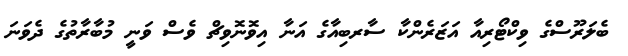
ބެލަރޫސްގެ ވިކްޓޯރިއާ އަޒަރެންކާ ސާރބިއާގެ އަނާ އިވޮނޮވިޗް ވެސް ވަނީ މުބާރާތުގެ ދެވަނަ